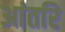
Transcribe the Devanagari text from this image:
आंतरि